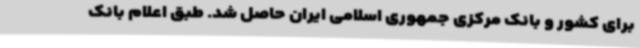
برای کشور و بانک مرکزی جمهوری اسلامی ایران حاصل شد. طبق اعلام بانک